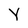
Character: Y